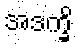
အဒက္ခိ